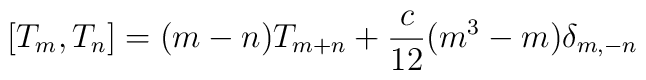
[T_m,T_n]=(m-n)T_{m+n}+{c\over 12}(m^3-m)\delta_{m,-n}